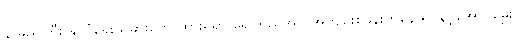
နာမည်ကြီး နိုင်ငံရေးသမားတွေ ထားရှိရာ ရေကြည်အိုင် အကျဉ်းစခန်းကနေ ရင်နင့်အောင်မွှေး